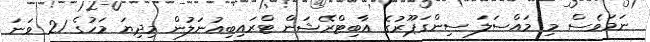
ނަމަވެސް މި މައްސަލަ ސިންގަޕޫރުގެ އާބިޓްރޭޝަން ޓްރައިބިއުނަލުން މިދިޔަ މަހުގެ 21 ވަނަ